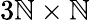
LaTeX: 3\mathbb{N}\times\mathbb{N}